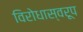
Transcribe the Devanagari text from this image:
विरोधास्वरूप